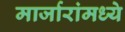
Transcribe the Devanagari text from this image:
मार्जारांमध्ये